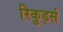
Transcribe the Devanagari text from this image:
रिकुर्ड्स